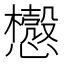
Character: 𰒛